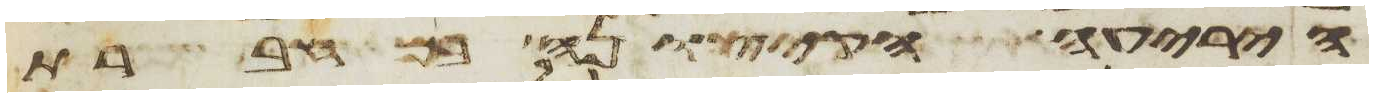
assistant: היריעה הקצונה במחברת